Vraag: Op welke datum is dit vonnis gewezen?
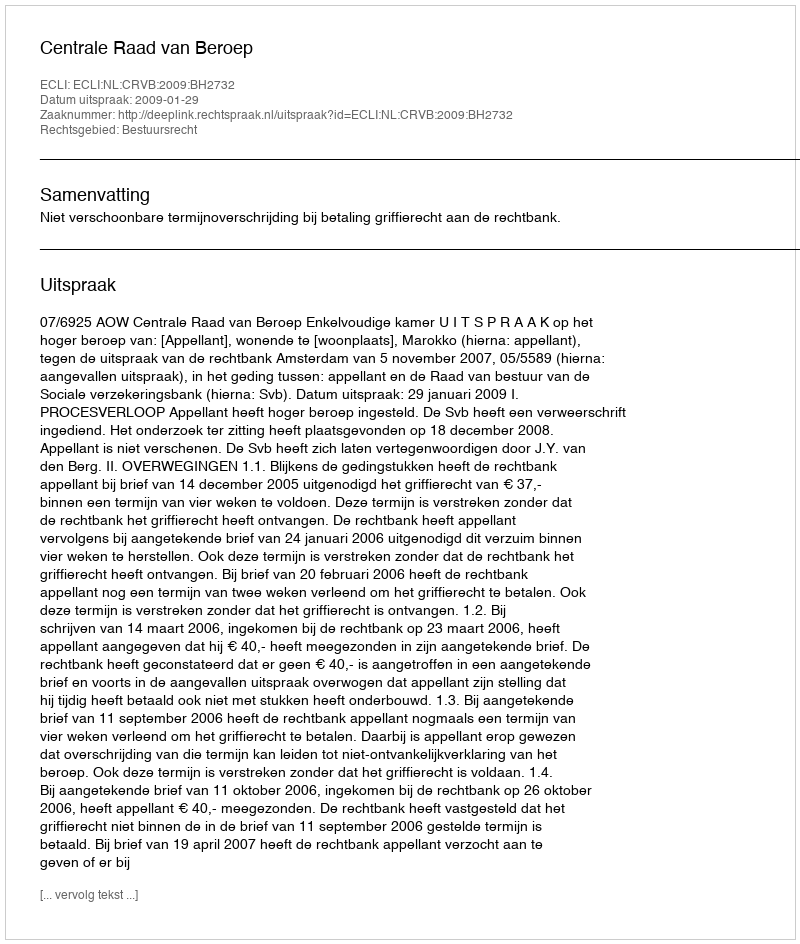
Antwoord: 2009-01-29